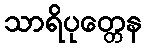
သာရိပုတ္တေန